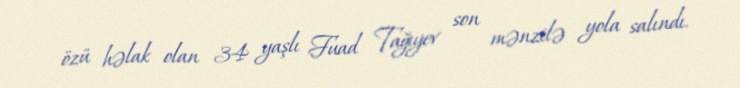
özü həlak olan 34 yaşlı Fuad Tağıyev son mənzilə yola salındı.